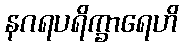
နဂရပရိက္ခာရေဟိ